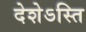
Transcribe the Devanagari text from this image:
देशेऽस्ति